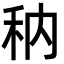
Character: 䄲